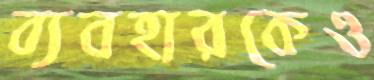
ব্যবহারকেও